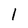
Character: l